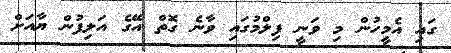
ގައި އެމީހުން މި ވަނީ ފިލްމުގައި ވާނެ ގޮތް އޭގެ އަލިފުން ޔާއަށް